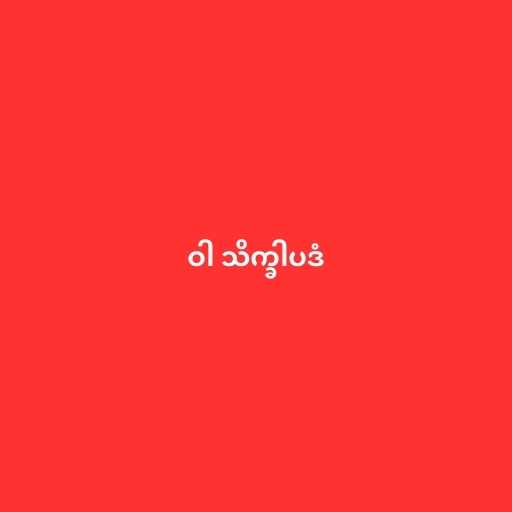
ဝါ သိက္ခါပဒံ